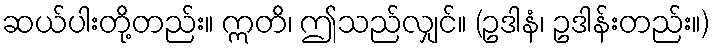
ဆယ်ပါးတို့တည်း။ ဣတိ၊ ဤသည်လျှင်။ (ဥဒါနံ၊ ဥဒါန်းတည်း။)